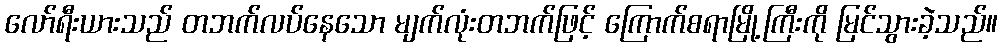
လော်ရီးယားသည် တဘက်လပ်နေသော မျက်လုံးတဘက်ဖြင့် ကြောက်စရာမြို့ကြီးကို မြင်သွားခဲ့သည်။